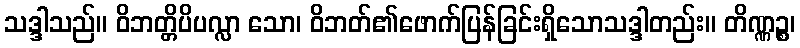
သဒ္ဒါသည်။ ဝိဘတ္တိပိပလ္လာ သော၊ ဝိဘတ်၏ဖောက်ပြန်ခြင်းရှိသောသဒ္ဒါတည်း။ တိဏ္ဏဉ္စ၊